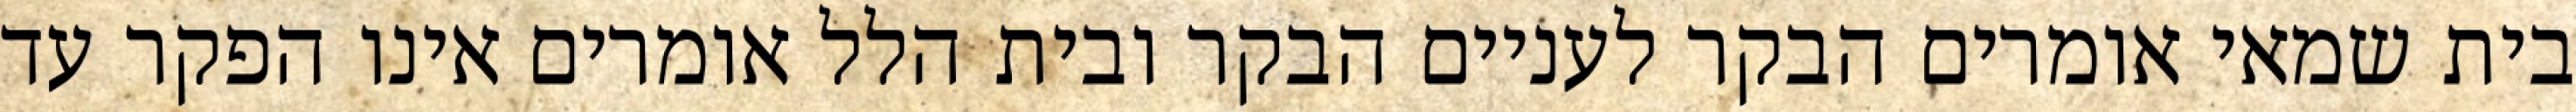
בית שמאי אומרים הבקר לעניים הבקר ובית הלל אומרים אינו הפקר עד